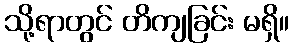
သို့ရာတွင် တိကျခြင်း မရှိ။